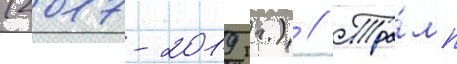
(2017-2019 гг.) // Тра́мп